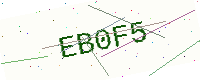
Text: EB0F5